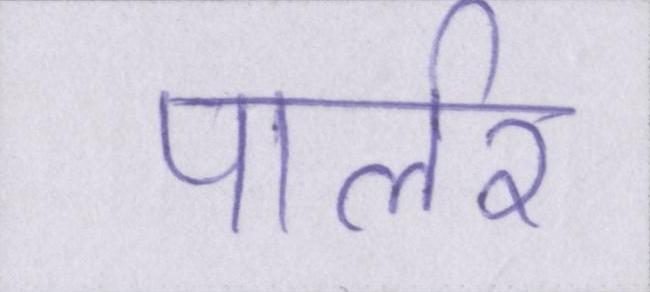
पार्लर